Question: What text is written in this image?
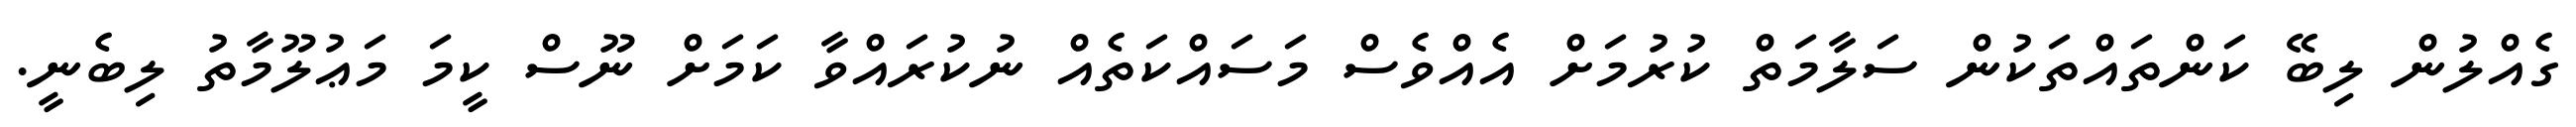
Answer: ގެއްލުން ލިބޭ ކަންތައްތަކުން ސަލާމަތް ކުރުމަށް އެއްވެސް މަސައްކަތެއް ނުކުރައްވާ ކަމަށް ނޫސް ކީމަ މަޢުލޫމާތު ލިބެނީ.